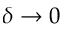
\delta \to 0